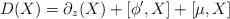
LaTeX: \begin{align*}D(X)=\partial_z (X)+ [\phi^\prime ,X] +[\mu ,X]\end{align*}